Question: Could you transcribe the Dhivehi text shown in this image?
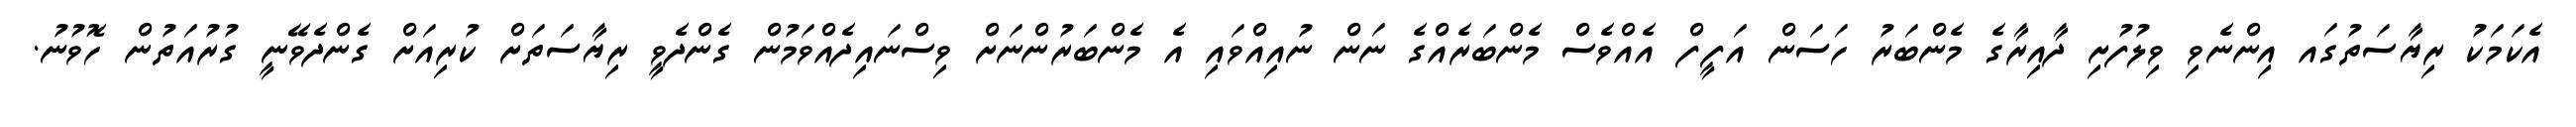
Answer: އެކަމަކު ރިޔާސަތުގައ އިންނެވި ވިލުފުށި ދާއިރާގެ މެންބަރު ހަސަން އަފީފް އެއްވެސް މެންބަރެއްގެ ނަން ނުއިއްވައި އެ މެންބަރުންނަށް ވިސްނައިދެއްވަމުން ގެންދެވީ ރިޔާސަތަށް ކުރިއަށް ގެންދެވޭނީ ގުރުއަތުން ހޮވުނު.